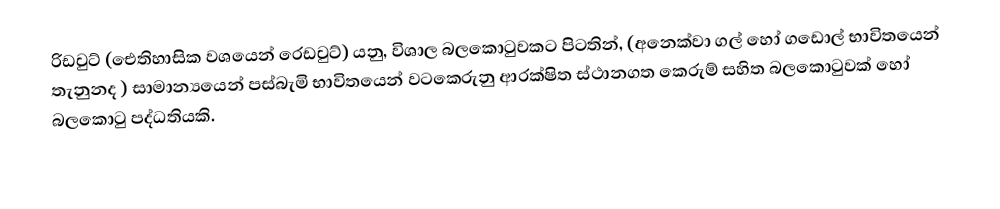
රිඩවුට් (ඓතිහාසික වශයෙන් රෙඩවුට්)  යනු,  විශාල බලකොටුවකට පිටතින්,  (අනෙක්වා ගල් හෝ ගඩොල් භාවිතයෙන් තැනුනද ) සාමාන්‍යයෙන් පස්බැමි භාවිතයෙන් වටකෙරුනු ආරක්ෂිත ස්ථානගත කෙරුම් සහිත  බලකොටුවක් හෝ බලකොටු පද්ධතියකි.